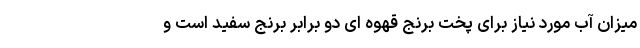
میزان آب مورد نیاز برای پخت برنج قهوه ای دو برابر برنج سفید است و